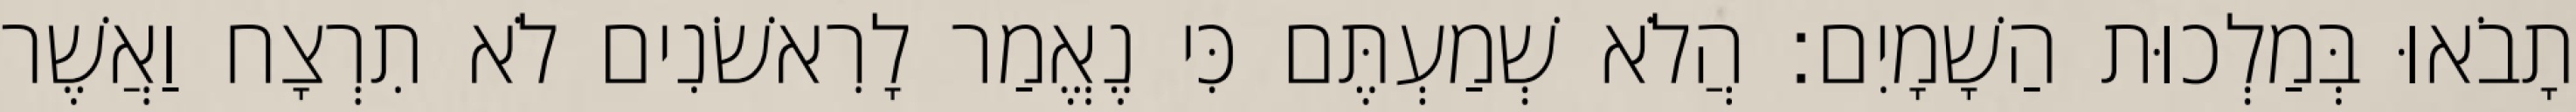
תָבֹאוּ בְּמַלְכוּת הַשָׁמָיִם׃ הֲלֹא שְׁמַעְתֶּם כִּי נֶאֱמַר לָרִאשֹׁנִים לֹא תִרְצָח וַאֲשֶׁר